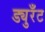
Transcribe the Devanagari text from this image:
ड्युरँट